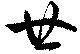
廿